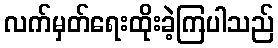
လက်မှတ်ရေးထိုးခဲ့ကြပါသည်